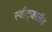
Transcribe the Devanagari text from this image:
स्वीट्‍जरलैंड